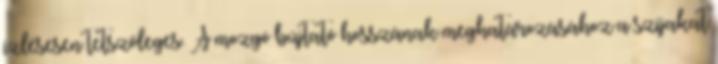
ízlésesen tetszőleges. A mozgó bújtató hosszának meghatározásához a szíjakat